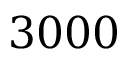
3 0 0 0